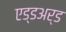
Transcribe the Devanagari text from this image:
एड्डअर्ड